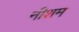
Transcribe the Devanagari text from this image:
नीशम